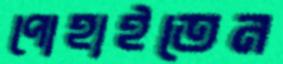
পোহাইতেন